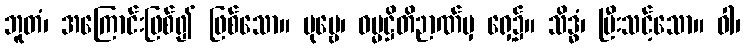
ဘူတံ၊ အကြောင်းဖြစ်၍ ဖြစ်သော။ ပုဗ္ဗေ၊ ဓမ္မဋ္ဌိတိဉာဏ်မှ ရှေ့၌။ သိဒ္ဓံ၊ ပြီးသင့်သော။ ဝါ၊